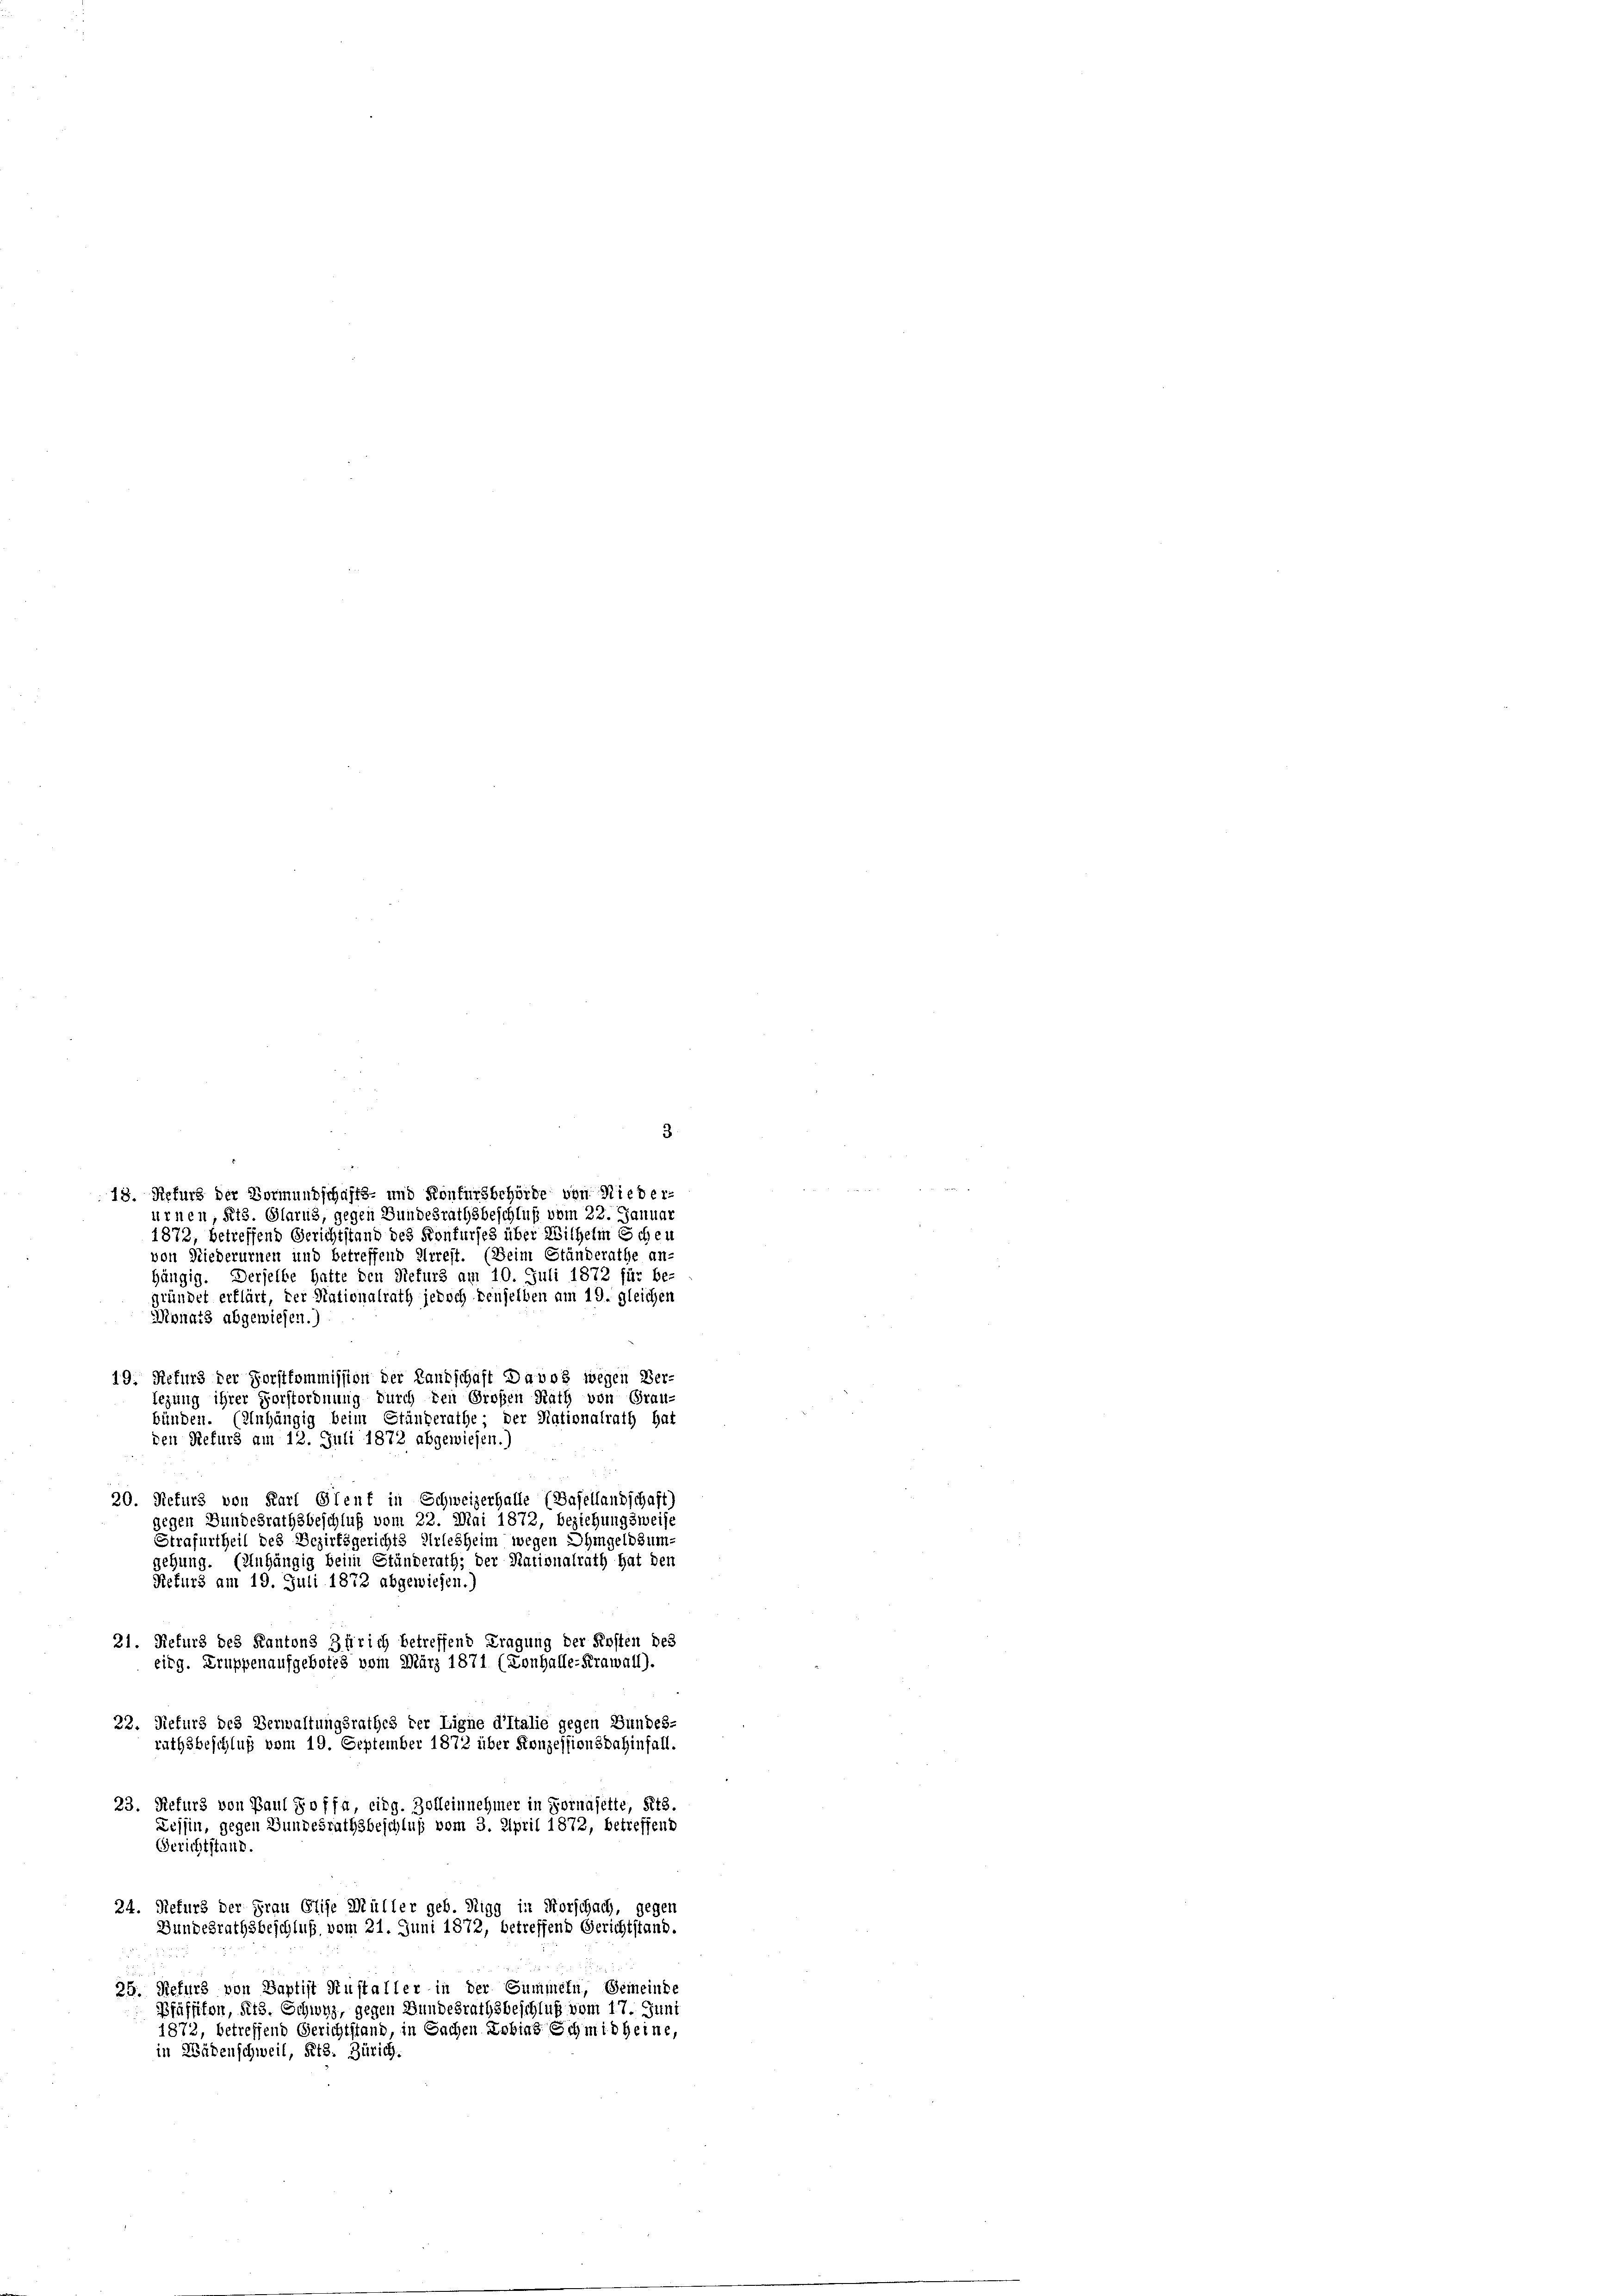
3
18. Refurs der Vormundschafts- und Konfursbehörde von Nieder-
urnen Kts. Glarus, gegen Bundesrathsbeschluß vom 22. Januar
1872, betreffend Gerichtstand des Konfurses über Wilhelm Schen
von Niederurnen und betreffend Arrest. (Beim Ständerathe an-
hängig. Derselbe hatte den Refurs am 10. Juli 1872 für be-
gründet erklärt, der Nationalrath jedoch denselben am 19. gleichen
Monats abgewiesen.)
19. Returs der Forstkommission der Landschaft Davos wegen Ver-
legung ihrer Forstordnung durch den Großen Rath von Grau-
bünden. (Inhängig beim Ständerathe; der Nationalrath hat
den Refurs am 12. Juli 1872 abgewiesen.)
20. Refurs von Karl Stent in Schweizerhalle (Basellandschaft)
gegen Bundesrathsbeschluß vom 22. Mai 1872, beziehungsweise
Strafurtheil des Bezirksgerichts erlesheim wegen Ohmgeldsum-
gehung. (Anhängig beim Ständerath; der Nationalrath hat den
21. Refurs des Kantons Zürich betreffend Tragung der Kosten des
eirg. Truppenaufgebotes vom März 1871 (Tonhalle-Krawall).
22. Refurs des Verwaltungsrathes der Ligne d’Italie gegen Bundes-
rathsbeschluß vom 19. September 1872 über Konzessionsdahinfall.
23. Refurs von Paul Soffa, eidg. Zolleinnehmer in Fornajette, Kts.
Tessin, gegen Gundesrathsbeschluß vom 3. April 1872, betreffend
Gerichtstand.
24. Refurs der Frau Elise Müller geb. Sigg in Vorschach, gegen
Bundesrathsbeschluß vom 21. Juni 1872, betreffend Gerichtstand.
25. Refurs von Baptist Auffaller in der Summeln, Gemeinde
Pfäffikon, Sitz. Schwyz, gegen Bundesrathsbeschluß vom 17. Juni
1872, betreffend Gerichtstand, in Sachen Lobins Schmidheine,
in Wädenschweil, Kts. Zürich.

Refurs am 19. Juli 1872 abgewiesen.